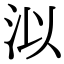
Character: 泤